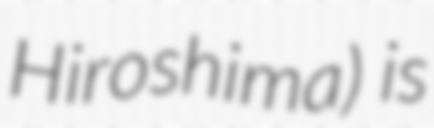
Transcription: Hiroshima) is